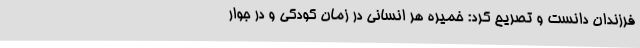
فرزندان دانست و تصریح کرد: خمیره هر انسانی در زمان کودکی و در جوار